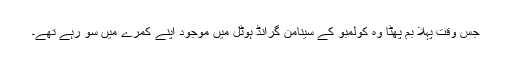
جس وقت پہلا بم پھٹا وہ کولمبو کے سینامن گرانڈ ہوٹل میں موجود اپنے کمرے میں سو رہے تھے۔